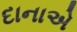
દાનાએ